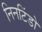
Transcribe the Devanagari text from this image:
निनटिंडो